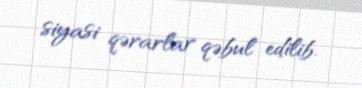
siyasi qərarlar qəbul edilib.